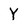
Character: Y